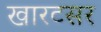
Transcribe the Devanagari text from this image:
खारटसर